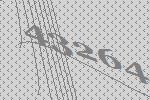
43264